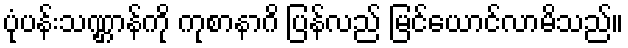
ပုံပန်းသဏ္ဌာန်ကို ကုစာနာဂိ ပြန်လည် မြင်ယောင်လာမိသည်။